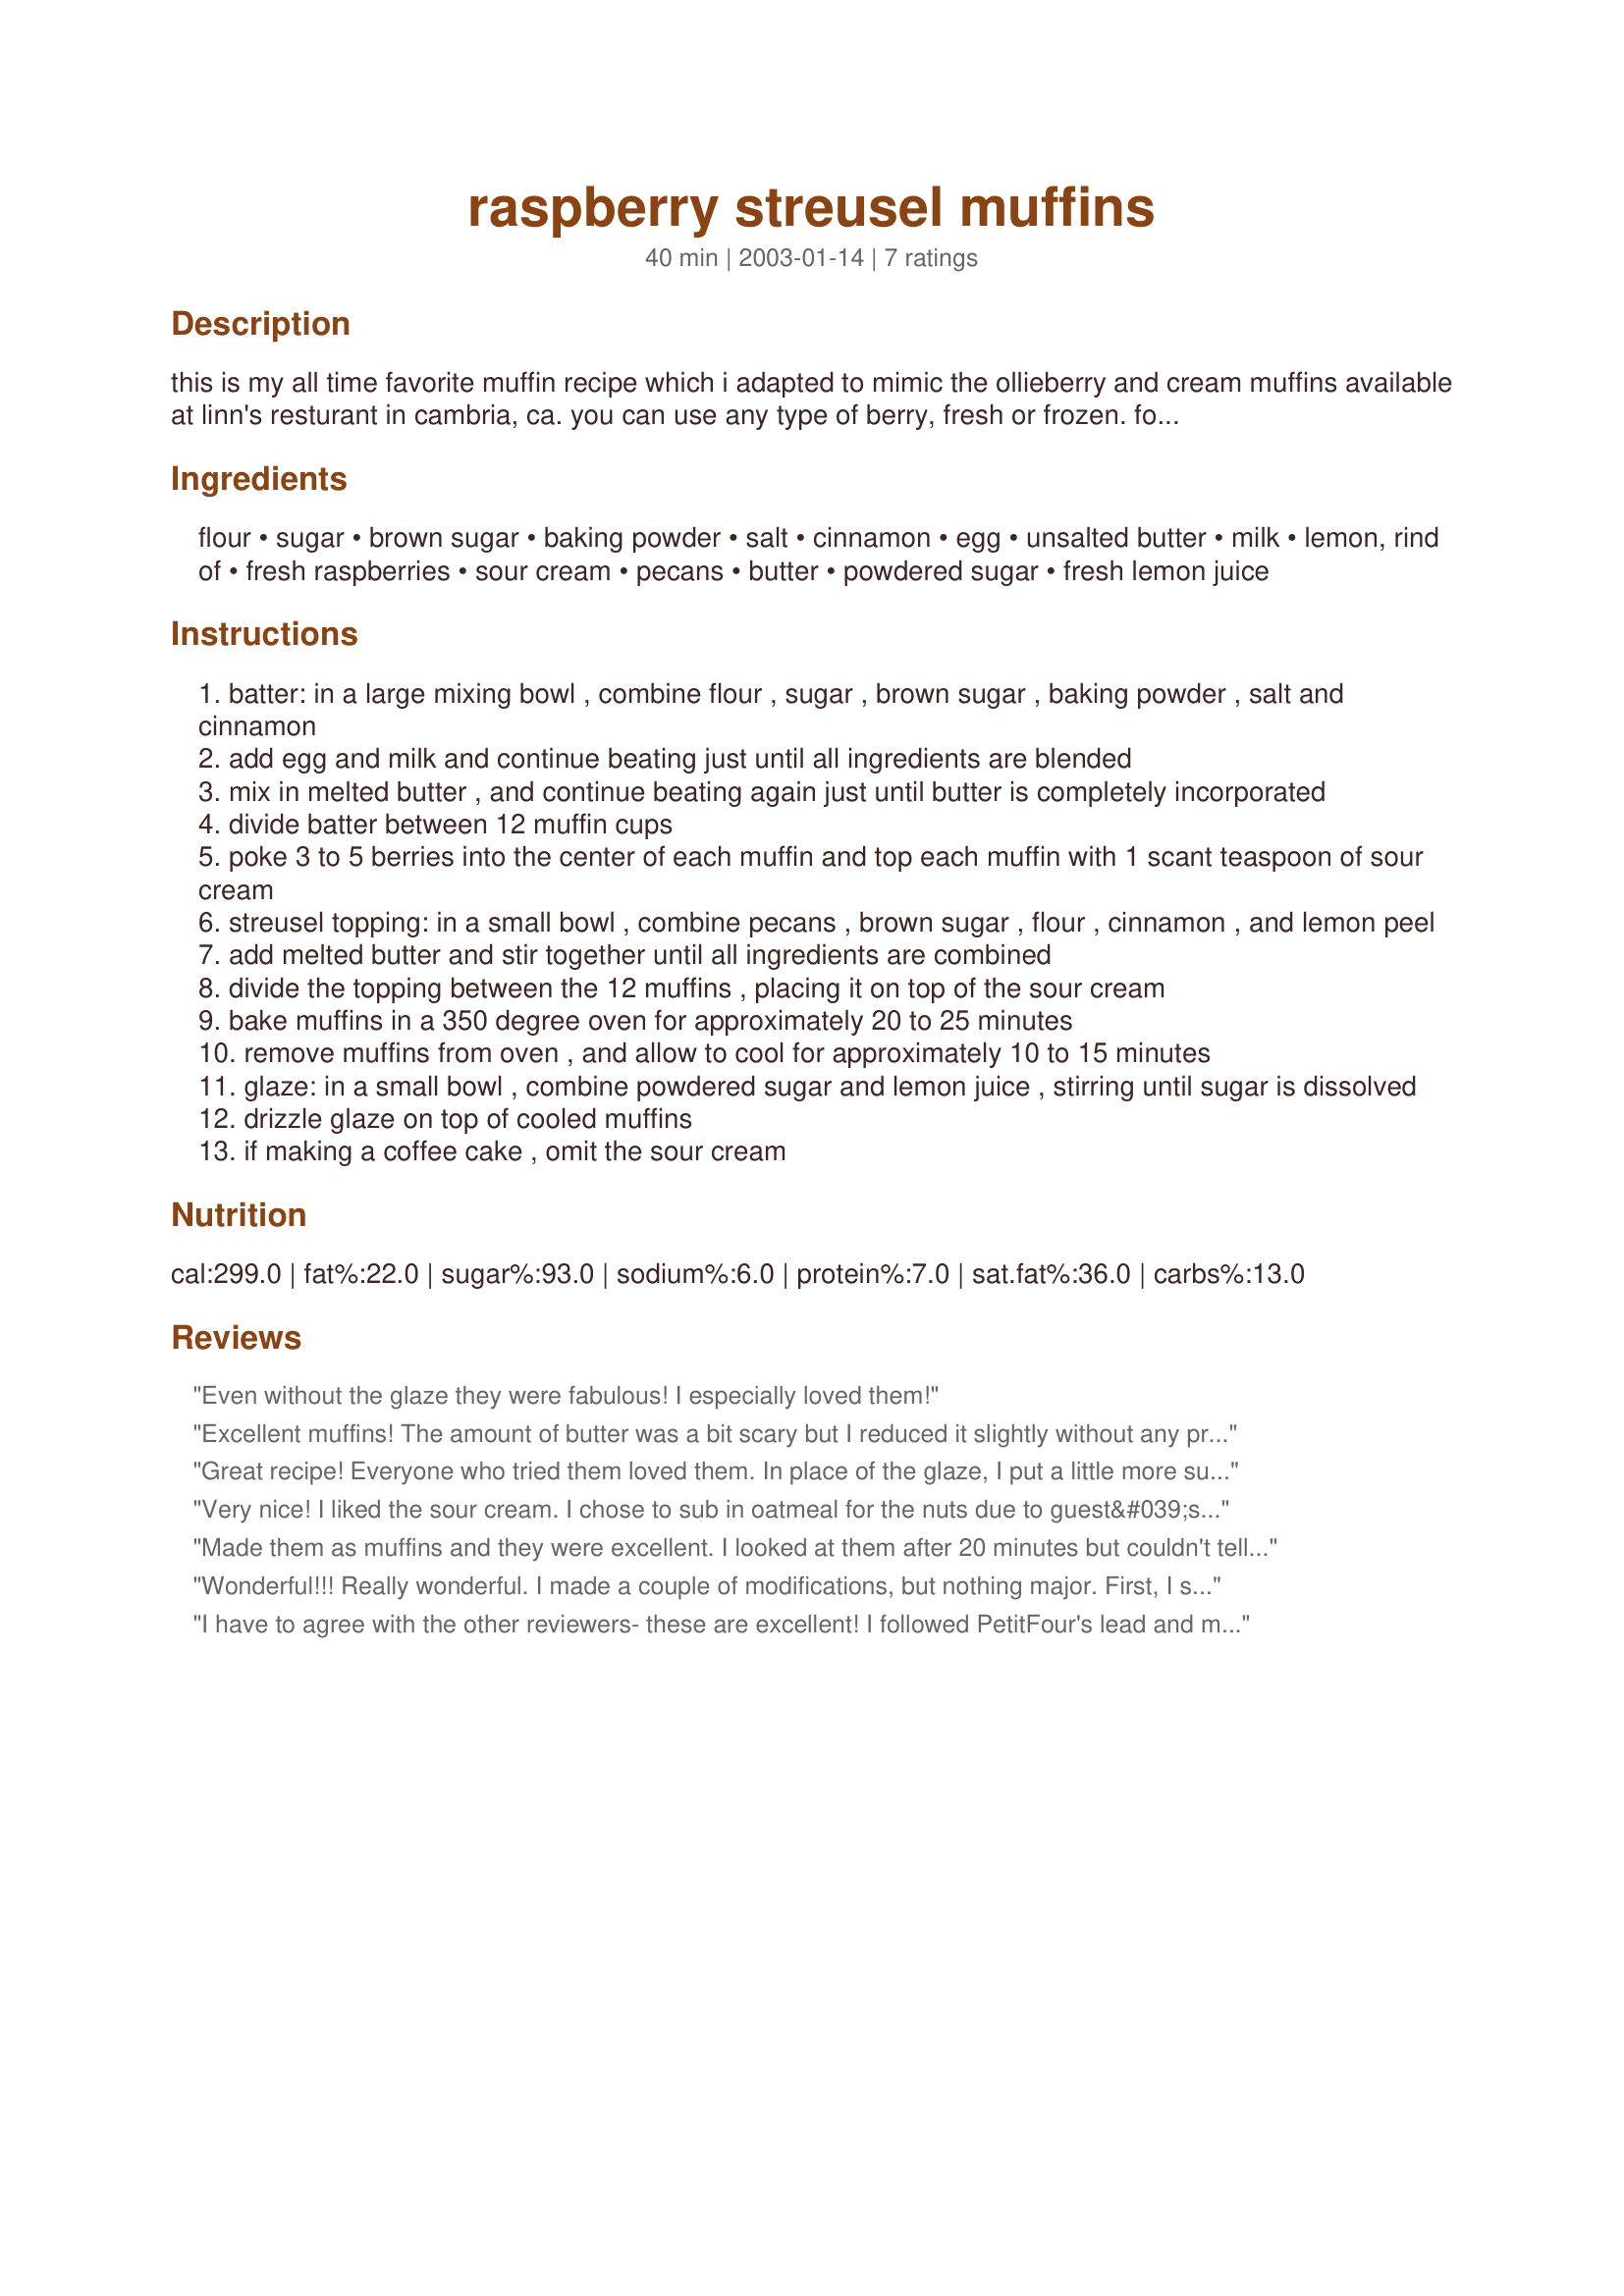
raspberry streusel muffins
Preparation time: 40 minutes

this is my all time favorite muffin recipe which i adapted to mimic the ollieberry and cream muffins available at linn's resturant in cambria, ca. you can use any type of berry, fresh or frozen. for the freshest possible muffins, i usually mix the dry ingredients together the night before and finish completing the recipe in the morning when i get up. the muffins do stay moist and tender, however, if you choose to bake them in advance. for a streusel coffee cake, double the recipe and bake it in a 9

Ingredients:
flour, sugar, brown sugar, baking powder, salt, cinnamon, egg, unsalted butter, milk, lemon, rind of, fresh raspberries, sour cream, pecans, butter, powdered sugar, fresh lemon juice

Steps:
batter: in a large mixing bowl , combine flour , sugar , brown sugar , baking powder , salt and cinnamon
add egg and milk and continue beating just until all ingredients are blended
mix in melted butter , and continue beating again just until butter is completely incorporated
divide batter between 12 muffin cups
poke 3 to 5 berries into the center of each muffin and top each muffin with 1 scant teaspoon of sour cream
streusel topping: in a small bowl , combine pecans , brown sugar , flour , cinnamon , and lemon peel
add melted butter and stir together until all ingredients are combined
divide the topping between the 12 muffins , placing it on top of the sour cream
bake muffins in a 350 degree oven for approximately 20 to 25 minutes
remove muffins from oven , and allow to cool for approximately 10 to 15 minutes
glaze: in a small bowl , combine powdered sugar and lemon juice , stirring until sugar is dissolved
drizzle glaze on top of cooled muffins
if making a coffee cake , omit the sour cream

Reviews:
Even without the glaze they were fabulous! I especially loved them!
Excellent muffins! The amount of butter was a bit scary but I reduced it slightly without any problems. Also, I found them sweet enough without the glaze so I left it off. Just made them last night and there are only five left!!
Great recipe! Everyone who tried them loved them. In place of the glaze, I put a little more sugar in the muffins. I also made 6 jumbo muffins instead of 12 regular.
Very nice! I liked the sour cream. I chose to sub in oatmeal for the nuts due to guest&#039;s nut allergy. I left off the glaze. These are very sweet. Next time I would omit the lemon zest in the topping-- for us the lemon over powered the raspberry. Thanks for posting, Gracie.
Made them as muffins and they were excellent. I looked at them after 20 minutes but couldn't tell if they were done. I ended up with 23 minutes...and luckily they were fine.
Wonderful!!! Really wonderful. I made a couple of modifications, but nothing major. First, I spread the batter into an 8" square pan. Pressed the raspberries on top, then spread the sour cream over (not sure why you say to leave out the sourcream if you make a coffee-cake, Gracie, but you should keep it!). I toasted a mixture of pecans and almonds for the nuts. Everything else the same, spread the topping over, baked. It had to bake for about 10 minutes longer than the time specified.
AWESOME!!! The sour cream really goes well with the raspberries - I really had my doubts. Usually in a recipe like this you mix sour cream and some powdered sugar, so I was a bit sceptical, but this was FANTASTIC! Husband loved it, too! Perfect weekend treat. Thanks so much!
I have to agree with the other reviewers- these are excellent! I followed PetitFour's lead and made it in a 8x8 pan and did include the sour cream. I also left off the glaze because I am trying to pass this off as breakfast fare and they're plenty sweet without. Great sweet, moist and tender cake and the sour cream layer adds a great creamy tang! Since the butter is supposed to be melted I substitued part of it with vegetable oil, which I often do and that worked just fine. The lemon zest added a great flavor. I was a little concerned about the large quanity of cinnamon being overwhelming but it just added a very nice not-too-subtle (but definitely not overwhelming!- just about perfect) cinnamon flavor. Thanks for posting, these are YUMMY.
